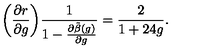
\biggl ( \frac { \partial r } { \partial g } { \biggr ) } \frac { 1 } { 1 - \frac { \partial \tilde { \beta } ( g ) } { \partial g } } = \frac { 2 } { 1 + 2 4 g } .